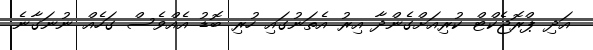
އަދި ޕްރޮޖެކްޓް ކުރިއަށްގެންދާ އިރު އެތަނުގައި ހުރި ބޮޑު އެއްވެސް ގަހެއް ނުނަގާނެ